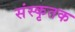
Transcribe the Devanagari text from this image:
संस्कृतक